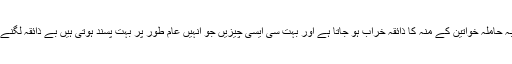
*کئی مرتبہ حاملہ خواتین کے منہ کا ذائقہ خراب ہو جاتا ہے اور بہت سی ایسی چیزیں جو انہیں عام طور پر بہت پسند ہوتی ہیں بے ذائقہ لگنے لگتی ہے۔